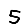
Digit: 5